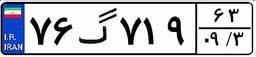
۶۲گ۰۲۶۸۴